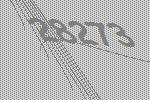
28273